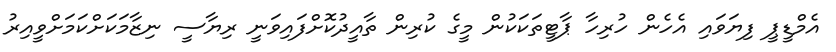
އެމްޑީޕީ ފިޔަވައި އެހެން ހުރިހާ ޕާޓީތަކަކުން މީގެ ކުރިން ތާއީދުކޮށްފައިވަނީ ރިޔާސީ ނިޒާމަކަށްކަމަށްވީއިރު